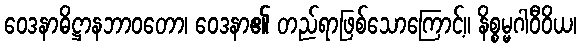
ဝေဒနာဓိဋ္ဌာနဘာဝတော၊ ဝေဒနာ၏ တည်ရာဖြစ်သောကြောင့်။ နိစ္စမ္မဂါဝီဝိယ၊